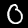
Digit: 0